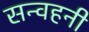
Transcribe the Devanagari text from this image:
सन्वहनी